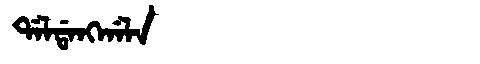
Manchu: ᡩᠠᠯᡩᠠᠩᡤᠠᠯᠠ
Romanization: DALDANGGALA